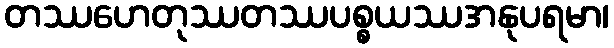
တဿဟေတုဿတဿပစ္စယဿအနုပရမာ၊